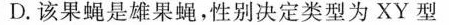
D.该果蝇是雄果蝇，性别决定类型为XY型